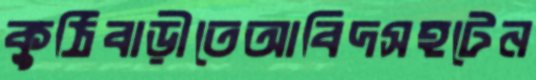
কুঠিবাড়ীতেআবিদসহটেন